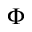
\Phi